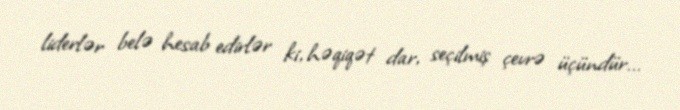
liderlər belə hesab edirlər ki, həqiqət dar, seçilmiş çevrə üçündür...